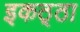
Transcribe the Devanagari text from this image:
इकठ्‌ठा